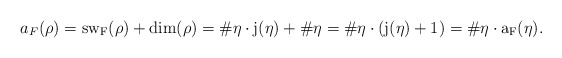
\begin{align*} a_F(\rho)=\rm{sw}_F(\rho)+\rm{dim}(\rho)=\#\eta\cdot j(\eta)+\#\eta=\#\eta\cdot (j(\eta)+1)=\#\eta\cdot a_F(\eta).\end{align*}